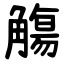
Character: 觴